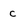
Character: c